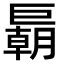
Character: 𢀭